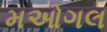
મઓગલ